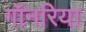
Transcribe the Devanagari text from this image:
गॉनरिया